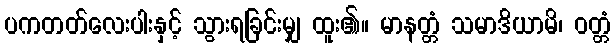
ပကတတ်လေးပါးနှင့် သွားရခြင်းမျှ ထူး၏။ မာနတ္တံ သမာဒိယာမိ၊ ဝတ္တံ